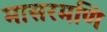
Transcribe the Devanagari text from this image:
मासरमणि